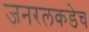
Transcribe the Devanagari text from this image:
जनरलकडेच